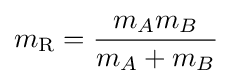
m_{\text{R}}={\frac {m_{A}m_{B}}{m_{A}+m_{B}}}